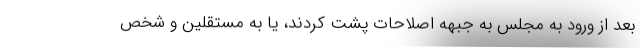
بعد از ورود به مجلس به جبهه اصلاحات پشت کردند، یا به مستقلین و شخص